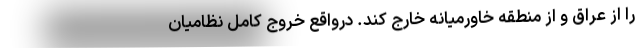
را از عراق و از منطقه خاورمیانه خارج کند. درواقع خروج کامل نظامیان